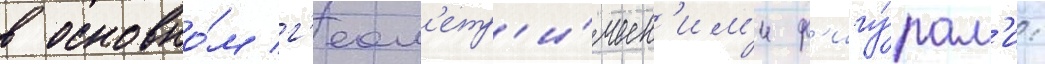
в основно́м г'еом'етр'и́ческ'им'и ф'игу́рам'и: